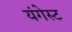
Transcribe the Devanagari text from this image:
यंगेस्ट